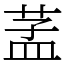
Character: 䓝